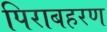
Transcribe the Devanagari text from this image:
पिराबहरण